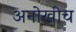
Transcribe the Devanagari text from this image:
अनोखीच